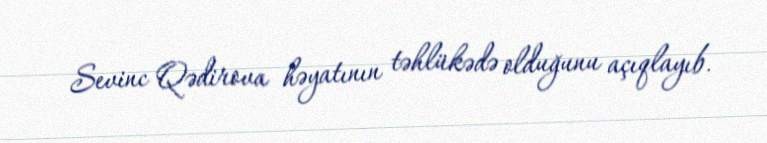
Sevinc Qədirova həyatının təhlükədə olduğunu açıqlayıb.